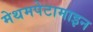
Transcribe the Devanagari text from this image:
मेथमपेटामाइन